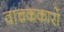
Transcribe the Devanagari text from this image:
वाचककारों